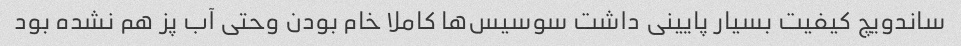
ساندویچ کیفیت بسیار پایینی داشت سوسیس‌ها کاملا خام بودن وحتی آب پز هم نشده بود